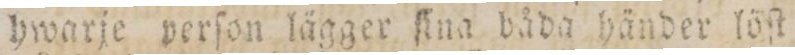
hwarje perſon lägger ſina båda händer löſt